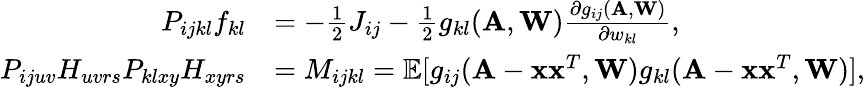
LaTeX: \begin{array}{rl}{P_{ijkl}f_{kl}}&{=-\frac{1}{2}J_{ij}-\frac{1}{2}g_{kl}(\mathbf A,\mathbf W)\frac{\partial g_{ij}(\mathbf A,\mathbf W)}{\partial w_{kl}},}\\ {P_{ijuv}H_{uvrs}P_{klxy}H_{xyrs}}&{=M_{ijkl}=\mathbb{E}[g_{ij}(\mathbf A-\mathbf x\mathbf x^{T},\mathbf W)g_{kl}(\mathbf A-\mathbf x\mathbf x^{T},\mathbf W)],}\end{array}